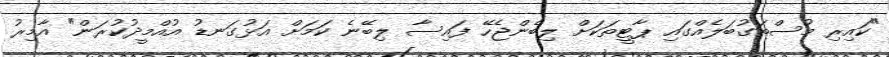
"ކައިރި މުސްތަގުބަލެއްގައި ޕާޓީތަކަށް ލިބެންޖެހޭ ފައިސާ ލިބޭނެ ކަމަށް އަޅުގަނޑު އުއްމީދުކުރަން" އާމިރު